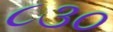
૮૩૦